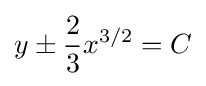
y\pm {\frac {2}{3}}x^{3/2}=C